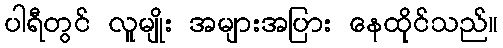
ပါရီတွင် လူမျိုး အများအပြား နေထိုင်သည်။